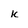
Character: k